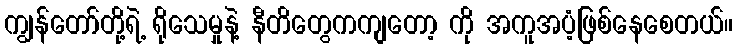
ကျွန်တော်တို့ရဲ့ ရိုသေမှုနဲ့ နီတိတွေကကျတော့ ကို အကူအပံ့ဖြစ်နေစေတယ်။